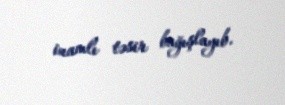
inamlı təsir bağışlayıb.